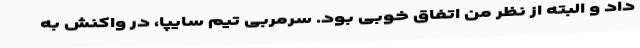
داد و البته از نظر من اتفاق خوبی بود. سرمربی تیم سایپا، در واکنش به